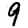
Digit: 9